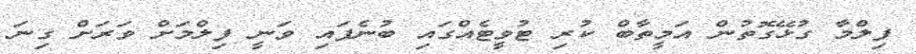
ފިލްމާ ގުޅޭގޮތުން އަމީތާބް ކުރި ޓުވީޓެއްގައި ބުނެފައި ވަނީ ފިލްމަށް ވަރަށް ގިނަ